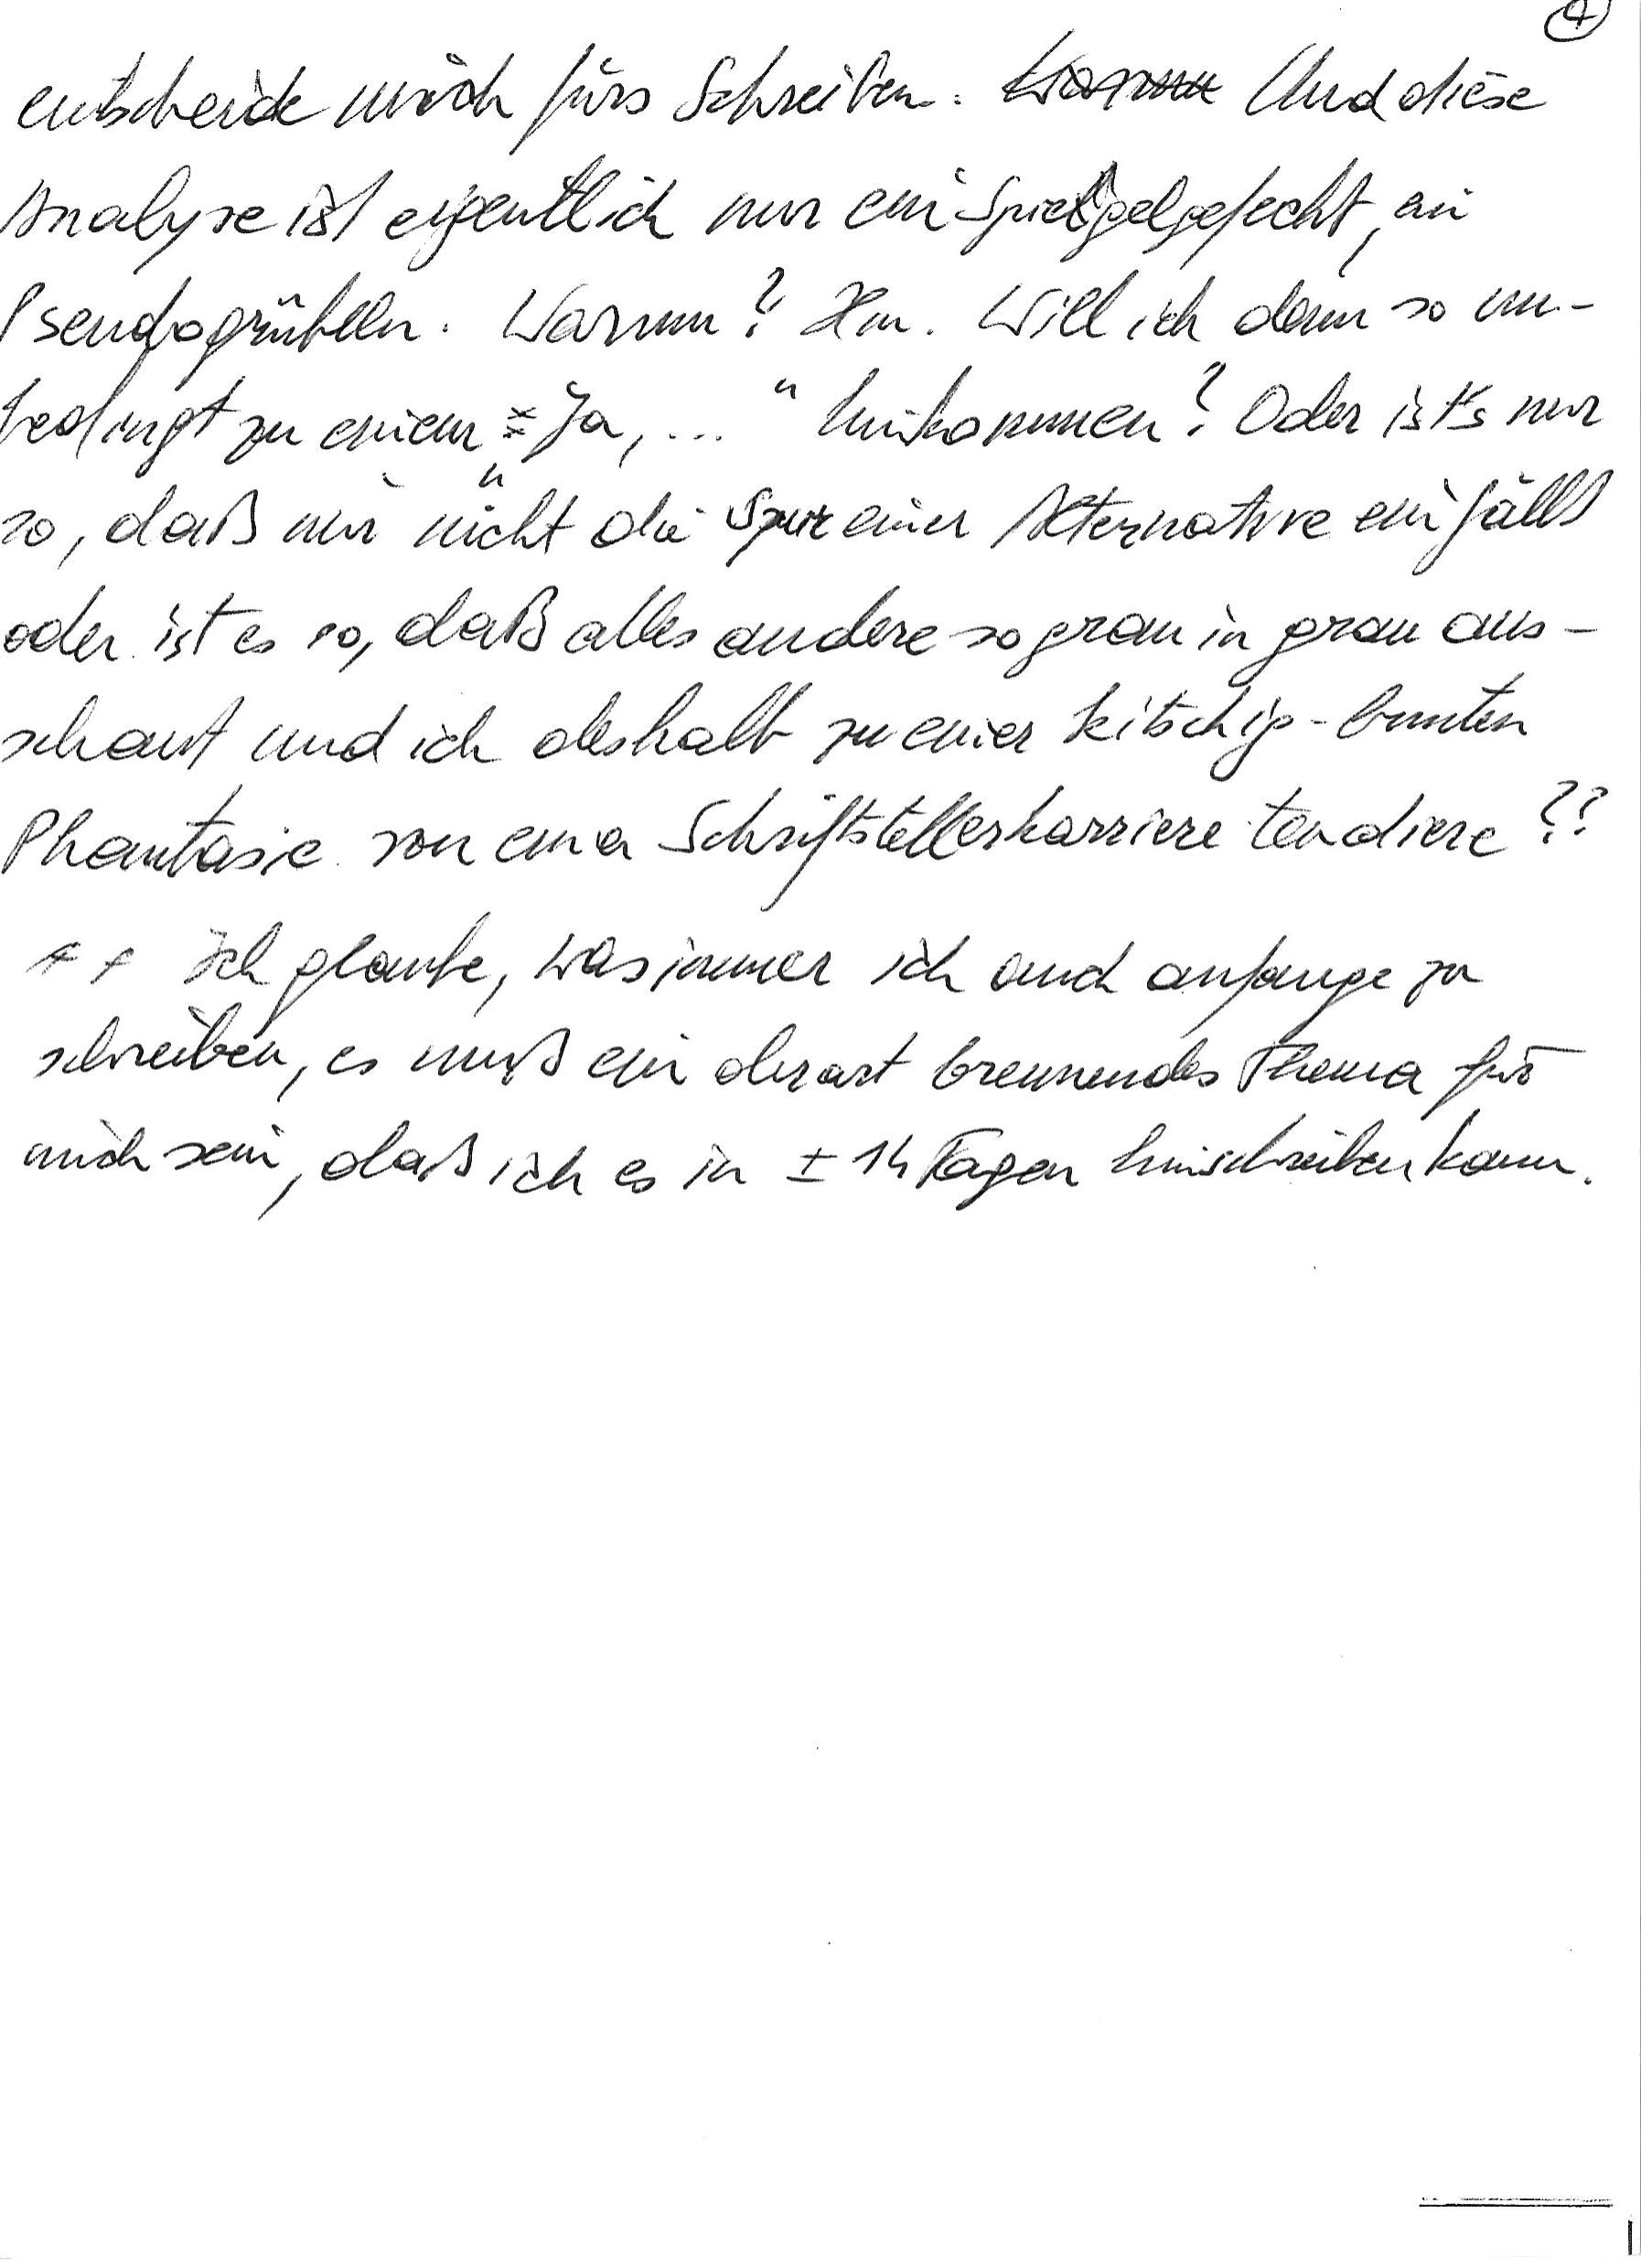
entscheide mich fürs Schreiben. Und diese
Analyse ist eigentlich nur ein Spiegelgefecht, ein
Pseudogrübeln. Warum? Hm. Will ich denn so un-
bedingt zu einem „Ja, …“ hinkommen? Oder ist’s nur
so, daß mir nicht die Spur einer Alternative einfällt
oder ist es so, daß alles andere so grau in grau aus-
schaut und ich deshalb zu einer kitschig-bunten
Phantasie von einer Schriftstellerkarriere tendiere??
Ich glaube, was immer ich auch anfange zu
schreiben, es muß ein derart brennendes Thema für
mich sein, daß ich es in ± 14 Tagen hinschreiben kann.